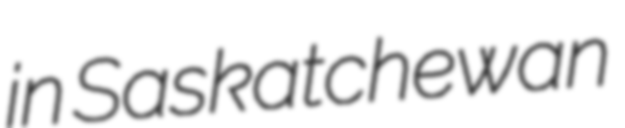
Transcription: in Saskatchewan